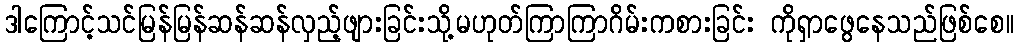
ဒါကြောင့်သင်မြန်မြန်ဆန်ဆန်လှည့်ဖျားခြင်းသို့မဟုတ်ကြာကြာဂိမ်းကစားခြင်း ကိုရှာဖွေနေသည်ဖြစ်စေ။